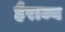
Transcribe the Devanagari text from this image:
हैराज्य